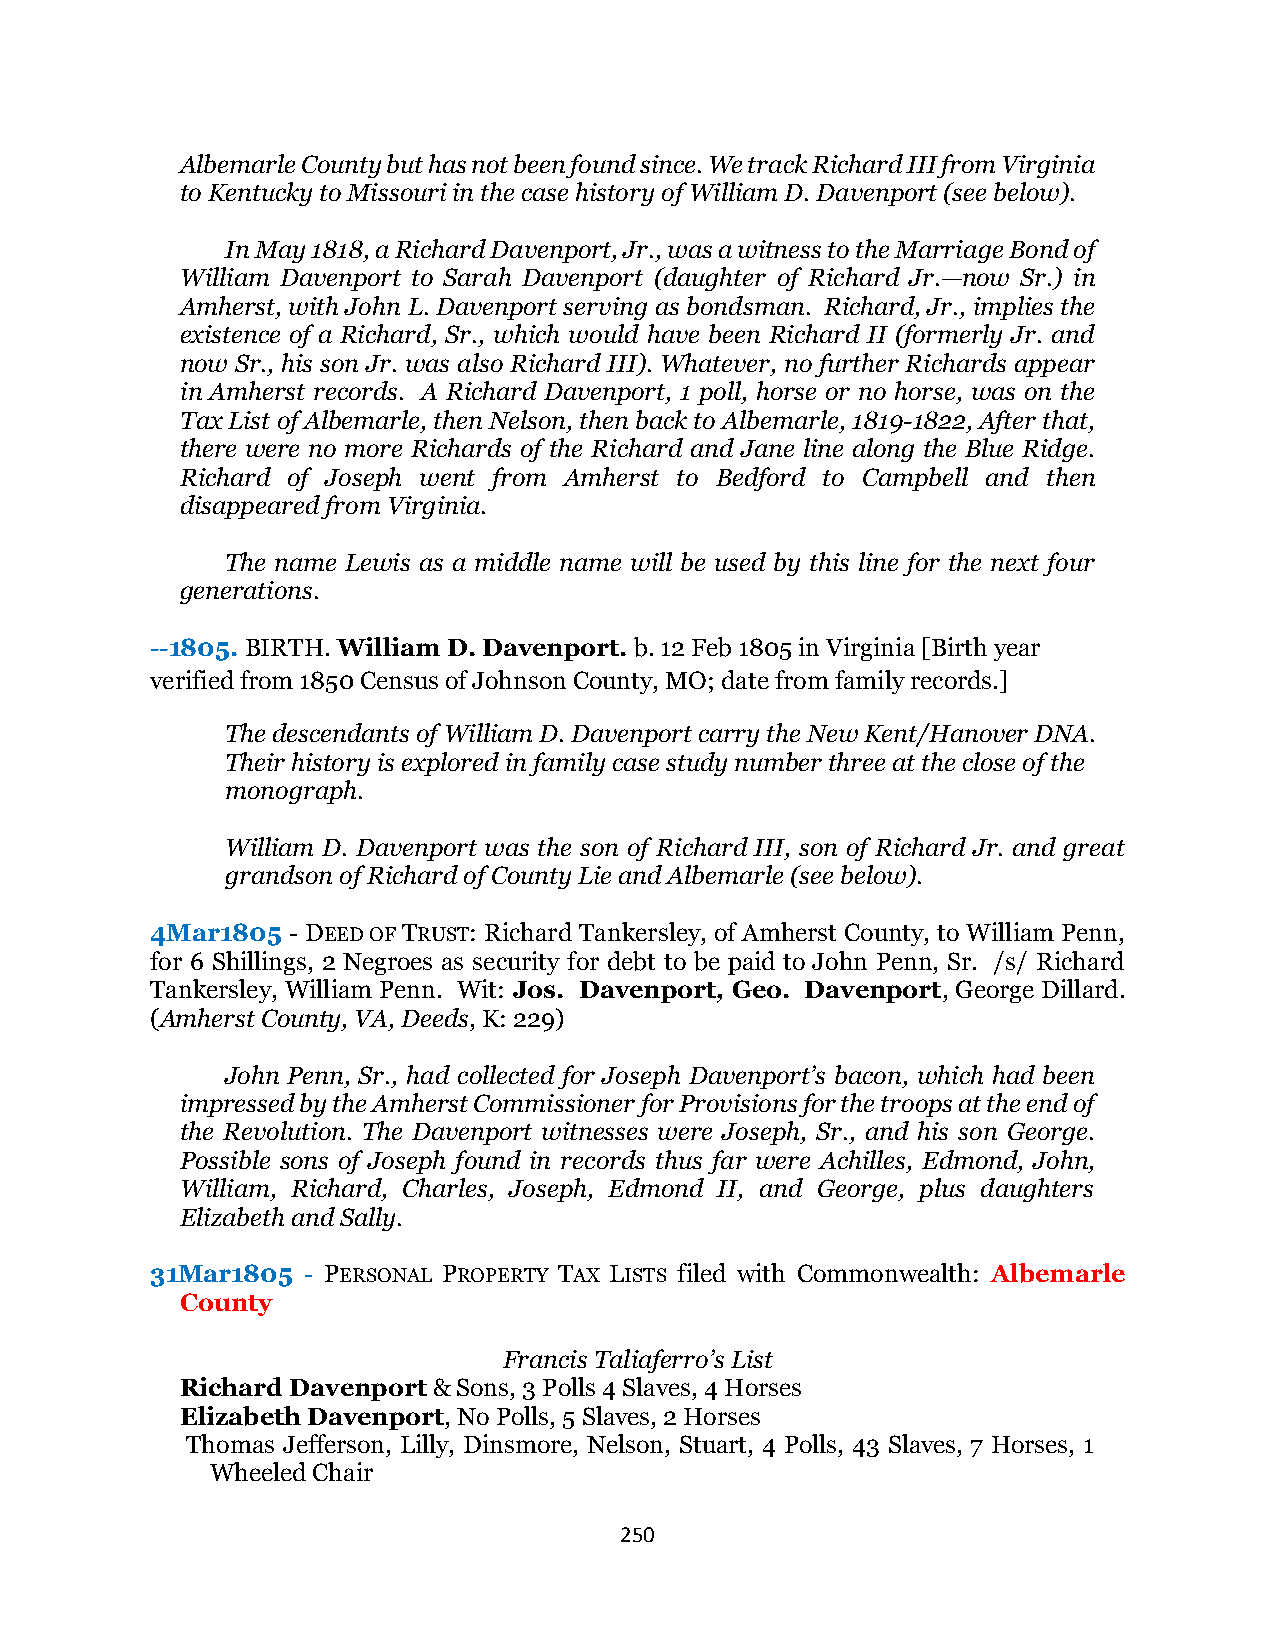
Albemarle County but has not been found since. We track Richard III from Virginia
 to Kentucky to Missouri in the case history of William D. Davenport (see below).
 In May 1818, a Richard Davenport, Jr., was a witness to the Marriage Bond of
 William Davenport to Sarah Davenport (daughter of Richard Jr.—now Sr.) in
 Amherst, with John L. Davenport serving as bondsman. Richard, Jr., implies the
 existence of a Richard, Sr., which would have been Richard II (formerly Jr. and
 now Sr., his son Jr. was also Richard III). Whatever, no further Richards appear
 in Amherst records. A Richard Davenport, 1 poll, horse or no horse, was on the
 Tax List of Albemarle, then Nelson, then back to Albemarle, 1819-1822, After that,
 there were no more Richards of the Richard and Jane line along the Blue Ridge.
 Richard of Joseph went from Amherst to Bedford to Campbell and then
 disappeared from Virginia.
 The name Lewis as a middle name will be used by this line for the next four
 generations.
 --1805. BIRTH. William D. Davenport. b. 12 Feb 1805 in Virginia [Birth year
 verified from 1850 Census of Johnson County, MO; date from family records.]
 The descendants of William D. Davenport carry the New Kent/Hanover DNA.
 Their history is explored in family case study number three at the close of the
 monograph.
 William D. Davenport was the son of Richard III, son of Richard Jr. and great
 grandson of Richard of County Lie and Albemarle (see below).
 4Mar1805 - DEED OF TRUST: Richard Tankersley, of Amherst County, to William Penn,
 for 6 Shillings, 2 Negroes as security for debt to be paid to John Penn, Sr. /s/ Richard
 Tankersley, William Penn. Wit: Jos. Davenport, Geo. Davenport, George Dillard.
 (Amherst County, VA, Deeds, K: 229)
 John Penn, Sr., had collected for Joseph Davenport’s bacon, which had been
 impressed by the Amherst Commissioner for Provisions for the troops at the end of
 the Revolution. The Davenport witnesses were Joseph, Sr., and his son George.
 Possible sons of Joseph found in records thus far were Achilles, Edmond, John,
 William, Richard, Charles, Joseph, Edmond II, and George, plus daughters
 Elizabeth and Sally.
 31Mar1805 - PERSONAL PROPERTY TAX LISTS filed with Commonwealth: Albemarle
 County
 Francis Taliaferro’s List
 Richard Davenport & Sons, 3 Polls 4 Slaves, 4 Horses
 Elizabeth Davenport, No Polls, 5 Slaves, 2 Horses
 Thomas Jefferson, Lilly, Dinsmore, Nelson, Stuart, 4 Polls, 43 Slaves, 7 Horses, 1
 Wheeled Chair
 250